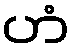
ဟံ